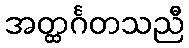
အတ္ထင်္ဂတသညီ